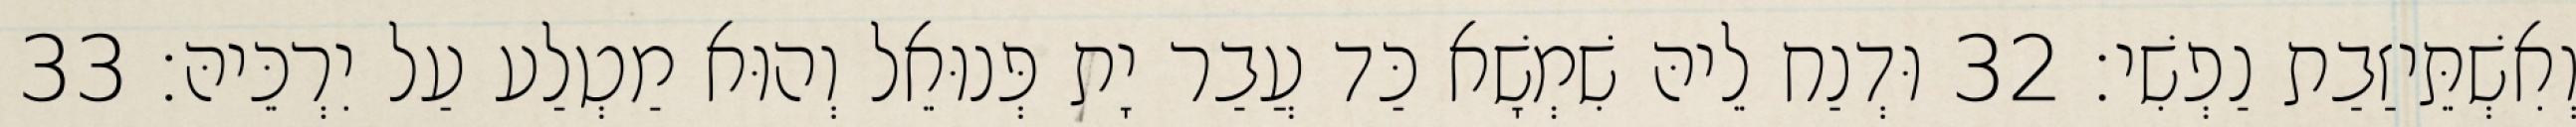
וְאִשְׁתֵּיזַבַת נַפְשִׁי׃ 32 וּדְנַח לֵיהּ שִׁמְשָׁא כַּד עֲבַר יָת פְּנוּאֵל וְהוּא מַטְלַע עַל יִרְכֵּיהּ׃ 33